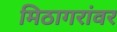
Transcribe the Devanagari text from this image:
मिठागरांवर